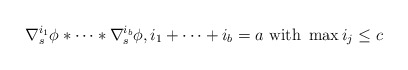
\begin{align*}\nabla_{s}^{i_1} \phi \ast \dots \ast \nabla_{s}^{i_{b}} \phi, \mbox{}i_1 + \dots +i_{b}= a \mbox{ with } \max i_{j} \leq c \end{align*}